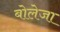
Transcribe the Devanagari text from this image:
बोलेजा